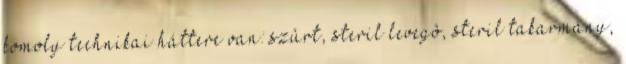
komoly technikai háttere van: szûrt, steril levegô, steril takarmány,